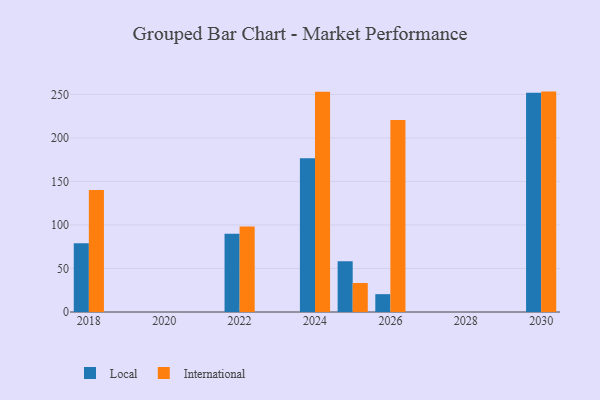
{"axis": {"x": "Year", "y": "Humidity (%)"}, "legend": ["International", "Local"], "data": [{"x": "2026", "y": 20.5, "type": "Local"}, {"x": "2026", "y": 220.5, "type": "International"}, {"x": "2025", "y": 58.3, "type": "Local"}, {"x": "2025", "y": 33.3, "type": "International"}, {"x": "2018", "y": 79.1, "type": "Local"}, {"x": "2018", "y": 140.1, "type": "International"}, {"x": "2024", "y": 176.6, "type": "Local"}, {"x": "2024", "y": 253.0, "type": "International"}, {"x": "2022", "y": 89.9, "type": "Local"}, {"x": "2022", "y": 98.1, "type": "International"}, {"x": "2030", "y": 251.8, "type": "Local"}, {"x": "2030", "y": 253.2, "type": "International"}]}